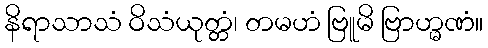
နိရာသာသံ ဝိသံယုတ္တံ၊ တမဟံ ဗြူမိ ဗြာဟ္မဏံ။